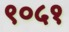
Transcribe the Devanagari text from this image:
९०५१